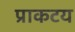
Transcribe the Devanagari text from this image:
प्राकटय